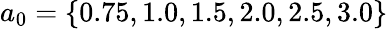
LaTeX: a_{0}=\{ 0.75,1.0,1.5,2.0,2.5,3.0\}